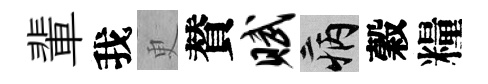
輩我更賛赋病穀糧